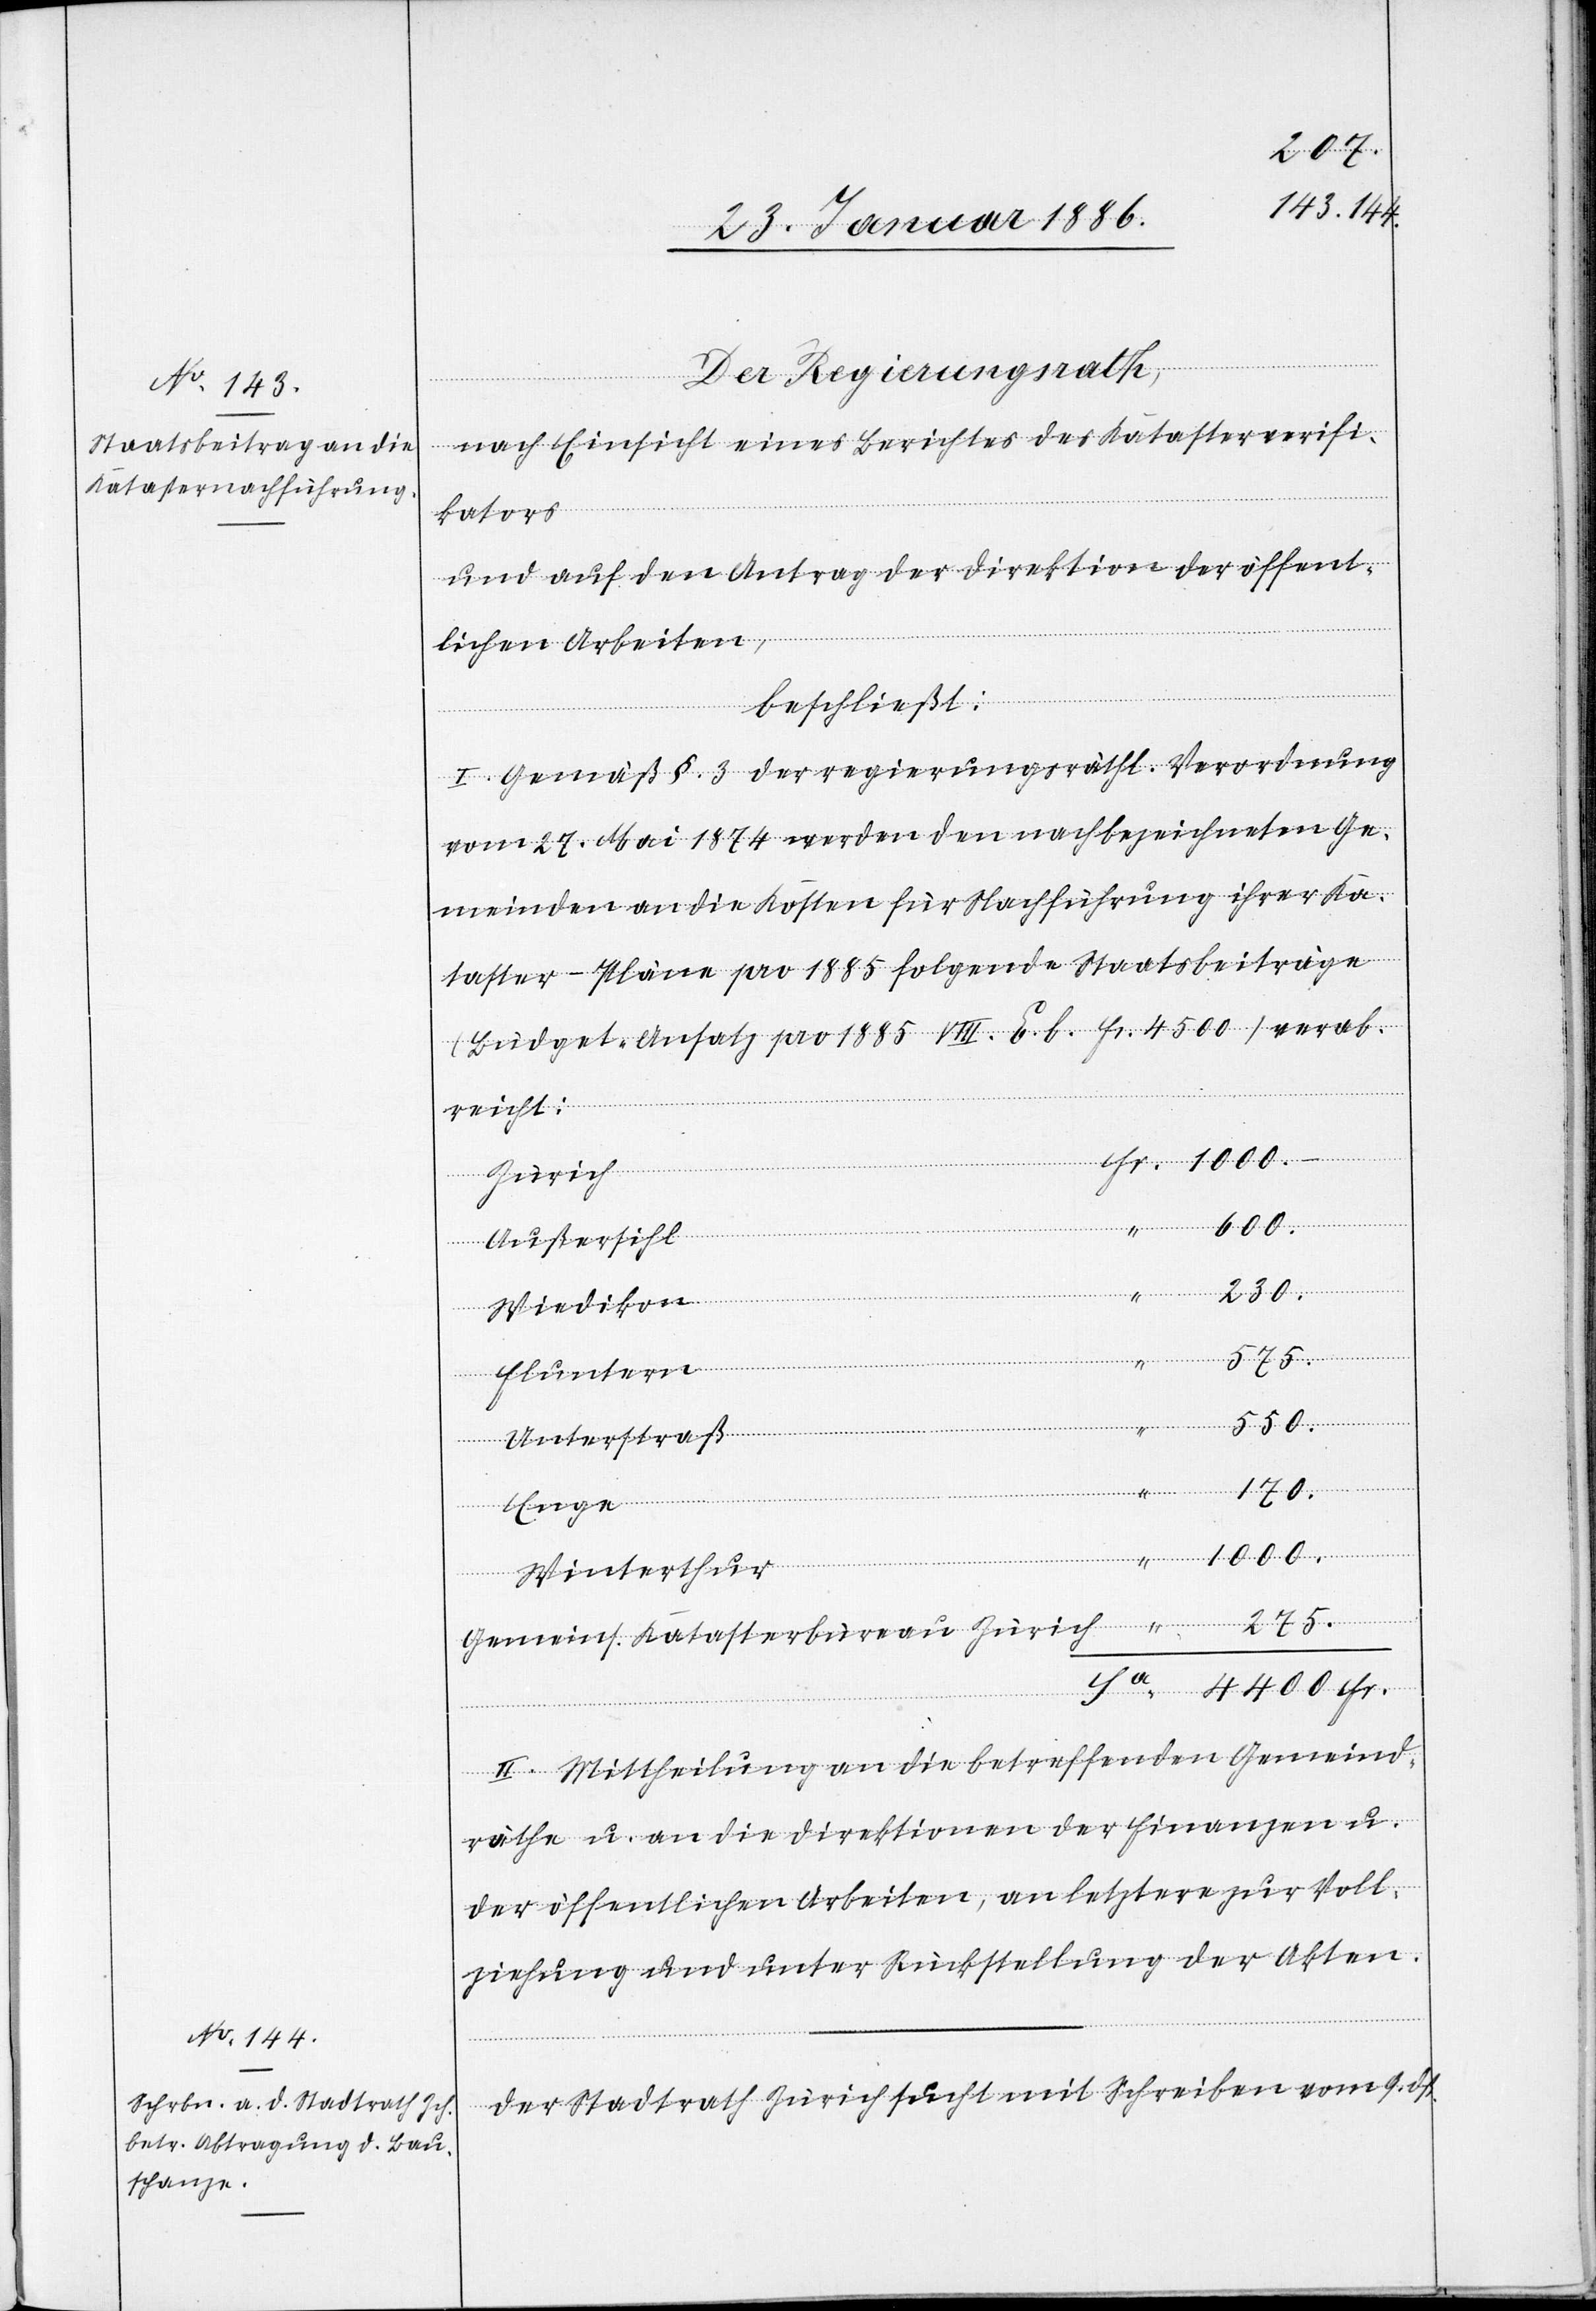
275.–
Der Regierungsrath,
nach Einsicht eines Berichtes des Katasterverifi¬
kators
und auf den Antrag der Direktion der öffent¬
lichen Arbeiten,
beschließt:
I. Gemäß §. 3 der regierungsräthl. Verordnung
vom 27. Mai 1874 werden den nachbezeichneten Ge¬
meinden an die Kosten für Nachführung ihrer Ka¬
taster-Pläne pro 1885 folgende Staatsbeiträge
(Büdget-Ansatz pro 1885 VIII. E. b. Fr. 4500) verab¬
reicht:
1000.–
Zürich
Fr.
Außersihl
550.–
Wiedikon
Fluntern
Unterstraß
170.–
Enge
Winterthur
Gemeins. Katasterbureau Zürich
4400 Fr.
II. Mittheilung an die betreffenden Gemeind¬
räthe u. an die Direktion der Finanzen u.
der öffentlichen Arbeiten, an letztere zur Voll¬
ziehung und unter Rückstellung der Akten.
Der Stadtrath Zürich sucht mit Schreiben vom 9. dß.